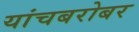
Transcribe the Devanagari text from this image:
यांचबरोबर